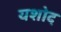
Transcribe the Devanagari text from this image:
यशोद